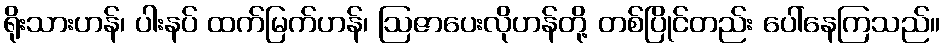
ရိုးသားဟန်၊ ပါးနပ် ထက်မြက်ဟန်၊ ဩဇာပေးလိုဟန်တို့ တစ်ပြိုင်တည်း ပေါ်နေကြသည်။